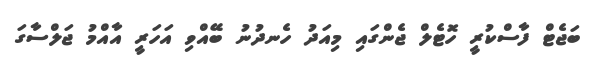
ބަޖެޓް ފާސްކުރީ ހޮޓެލް ޖެންގައި މިއަދު ހެނދުނު ބޭއްވި އަހަރީ އާއްމު ޖަލްސާގަ